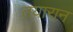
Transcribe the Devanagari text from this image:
तयारान